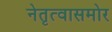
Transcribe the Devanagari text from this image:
नेतृत्वासमोर